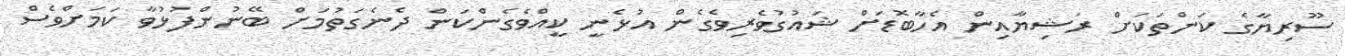
ސޫރިޔާގެ ކަންތަކަށް ރަޝިޔާއިން އެހާބޮޑަށް ޝައުގުވެރިވެގެން އުޅެނީ ކީއްވެގެންކަން ދެނެގަތުމަށް ބޭނުންފުޅުވާ ކަމަށްވެސް